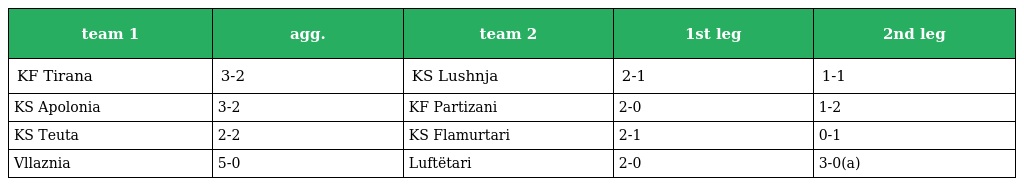
| team 1 | agg. | team 2 | 1st leg | 2nd leg |
 | --- | --- | --- | --- | --- |
 | KF Tirana | 3-2 | KS Lushnja | 2-1 | 1-1 |
 | KS Apolonia | 3-2 | KF Partizani | 2-0 | 1-2 |
 | KS Teuta | 2-2 | KS Flamurtari | 2-1 | 0-1 |
 | Vllaznia | 5-0 | Luftëtari | 2-0 | 3-0(a) |